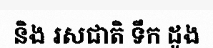
និង រសជាតិ ទឹក ដូង